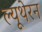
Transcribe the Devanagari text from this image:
ल्यूथेरन